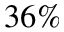
3 6 \%